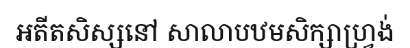
អតីតសិស្សនៅ សាលាបឋមសិក្សាហ្វ្រង់